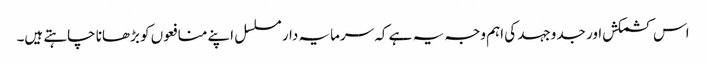
اس کشمکش اور جدوجہد کی اہم وجہ یہ ہے کہ سرمایہ دار مسلسل اپنے منافعوں کو بڑھانا چاہتے ہیں۔